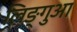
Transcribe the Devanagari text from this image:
लिङ्गुआ